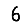
Digit: 6